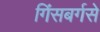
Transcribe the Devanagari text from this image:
गिंसबर्गसे